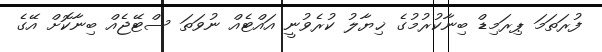
ފުރަތަމަ ޕިރަމިޑް ބިނާކުރުމުގެ ޚިޔާލު ކުރެވުނީ އައްޓެއް ނުވަތަ ސްޓޭޖެއް ބިނާކޮށް އޭގެ